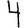
Digit: 4